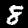
Digit: 8